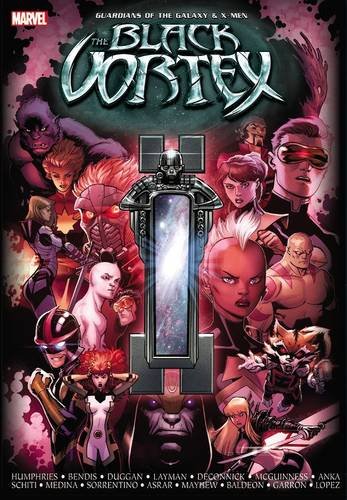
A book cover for Guardians of the Galaxy & X-Men: Black Vortex; Sam Humphries; Teen & Young Adult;